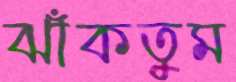
ঝাঁকতুম